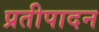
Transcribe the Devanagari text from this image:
प्रतीपादन